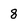
Character: 8